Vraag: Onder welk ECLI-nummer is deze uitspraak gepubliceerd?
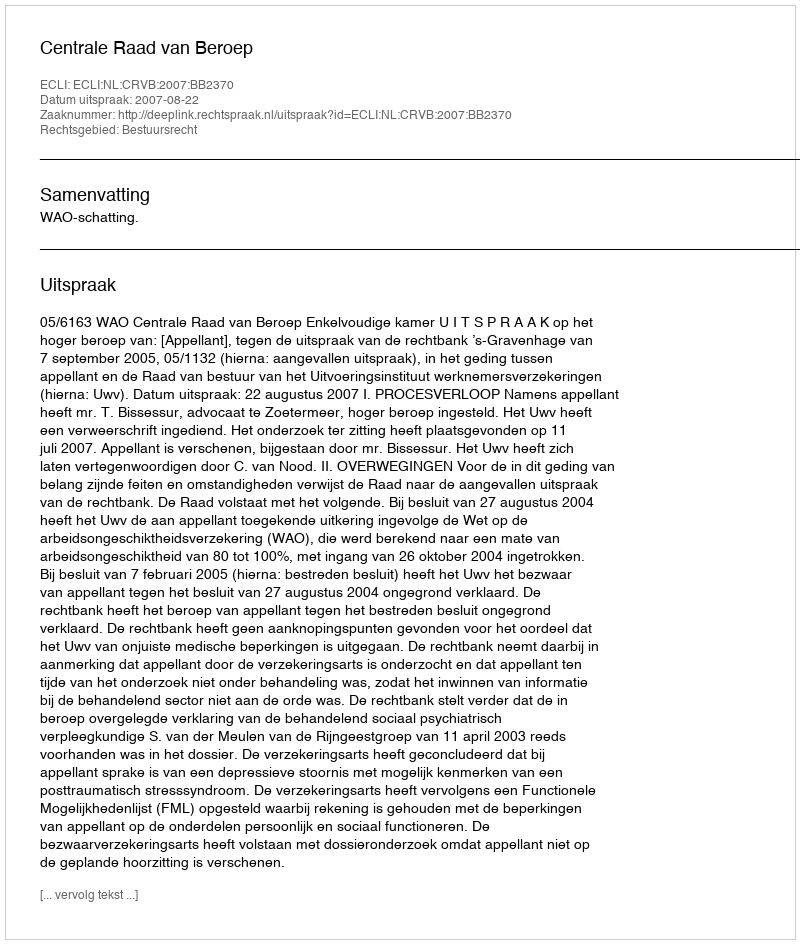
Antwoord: ECLI:NL:CRVB:2007:BB2370